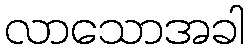
လာသောအခါ